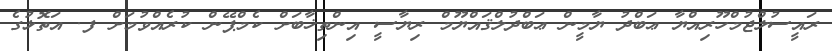
ރައީސުލްޖުމްހޫރިއްޔާ ޢަބްދު ޔާމީން ޢަބްދުލްޤައްޔޫމް ރިޔާސީ އިންތިޚާބަށް ކެމްޕޭން ކުރެއްވުމަށް ފ. އަތޮޅުގެ